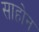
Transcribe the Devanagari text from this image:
साहोन